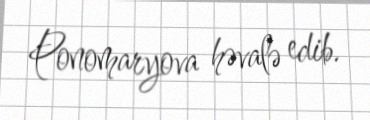
Ponomaryova həvalə edib.